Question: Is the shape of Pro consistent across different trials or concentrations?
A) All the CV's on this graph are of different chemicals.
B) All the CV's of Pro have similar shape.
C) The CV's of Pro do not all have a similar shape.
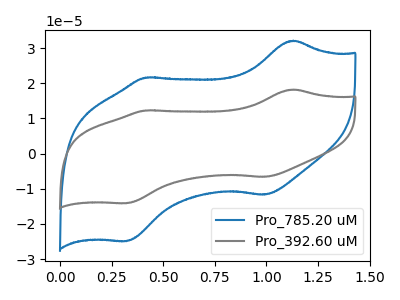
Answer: <think>The blue curve "Pro_785.20 uM" has anodic peaks at (1.15V, 32.10uA) (0.40V, 21.60uA) and cathodic peaks at (1.00V, -11.70uA) (0.30V, -24.90uA). The gray curve "Pro_392.60 uM" has anodic peaks at (1.15V, 18.20uA) (0.40V, 12.25uA) and cathodic peaks at (1.00V, -6.65uA) (0.30V, -14.10uA).
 All the peaks in "Pro_785.20 uM" have a peak in "Pro_392.60 uM" at the same potential. Every peak in "Pro_785.20 uM" is higher than every peak in "Pro_392.60 uM".</think>
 <answer>B) All the CV's of "Pro" have similar shape.</answer>
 <eval>B</eval>